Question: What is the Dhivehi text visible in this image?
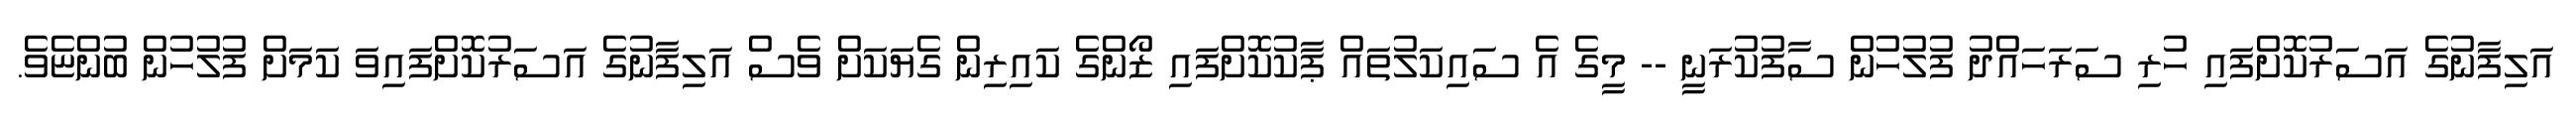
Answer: އަލިފާނުގެ އަސަރުކޮށްފައި ހުރި ސަރަހައްދު ފުލުހުން ސާފުކުރަނީ -- މީގެ އެ ސައިކަލުތައް ޕާކުކޮށްފައި ޒޯންގެ ކައިރިން ގެޔަކަށް ވެސް އަލިފާނުގެ އަސަރުކޮށްފައިވަ ކަމަށް ފުލުހުން ބުންޏެވެ.